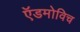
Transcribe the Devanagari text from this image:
ऍडमोविच